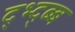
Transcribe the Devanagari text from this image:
द्भ्द्ब्ब